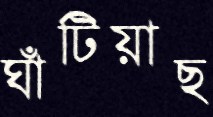
ঘাঁটিয়াছ